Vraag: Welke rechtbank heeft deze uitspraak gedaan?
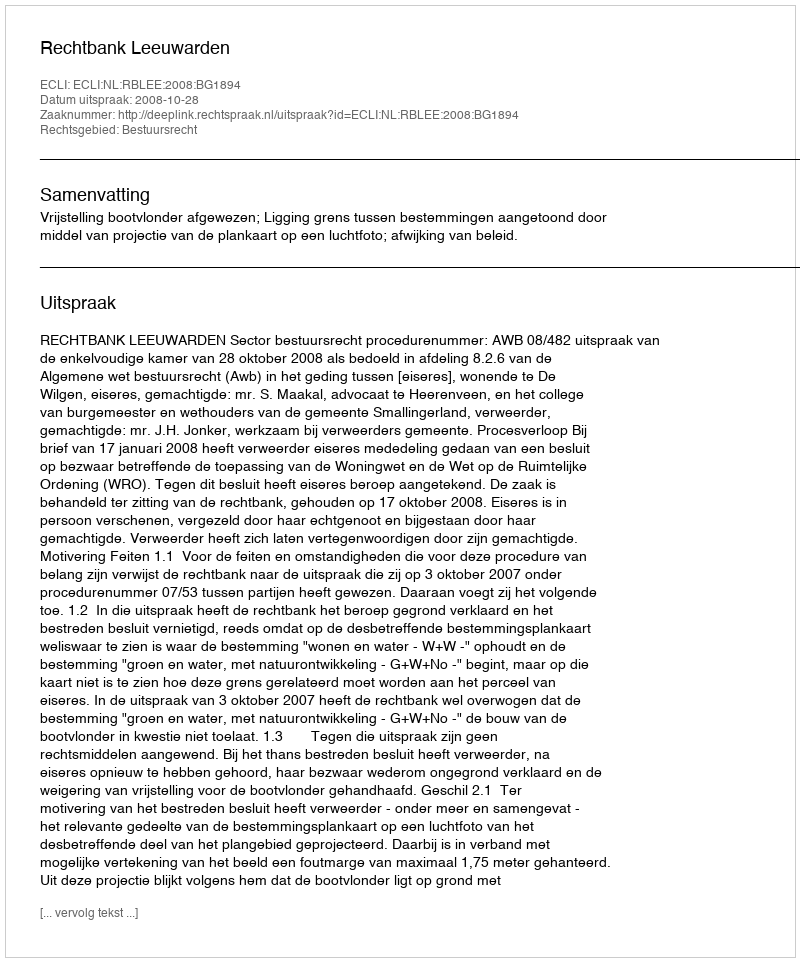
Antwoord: Rechtbank Leeuwarden